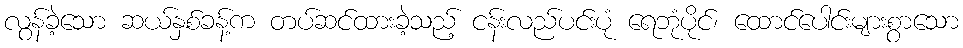
လွန်ခဲ့သော ဆယ်နှစ်ခန့်က တပ်ဆင်ထားခဲ့သည့် ငန်းလည်ပင်းပုံ ရေဘုံပိုင်၊ ထောင်ပေါင်းများစွာသော